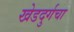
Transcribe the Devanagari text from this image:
खेडदुर्गचा